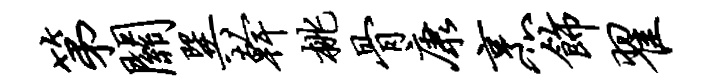
第关巽干桃骨康烹饰翟